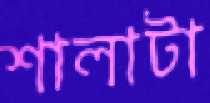
শালাটা